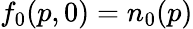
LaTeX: f_{0}(p,0)=n_{0}(p)